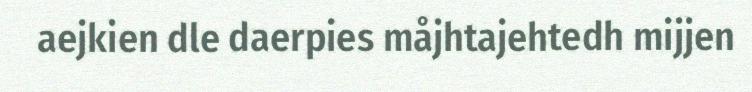
aejkien dle daerpies måjhtajehtedh mijjen